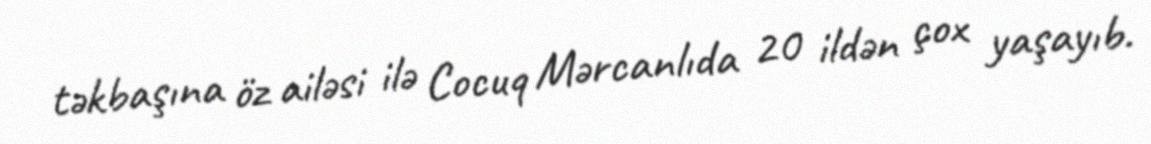
təkbaşına öz ailəsi ilə Cocuq Mərcanlıda 20 ildən çox yaşayıb.